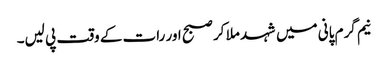
نیم گرم پانی میں شہد ملا کر صبح اور رات کے وقت پی لیں۔